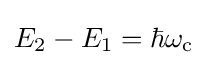
E_{2}-E_{1}=\hbar \omega _{\text{c}}